Civil Veterinary Department ledger series I-VI
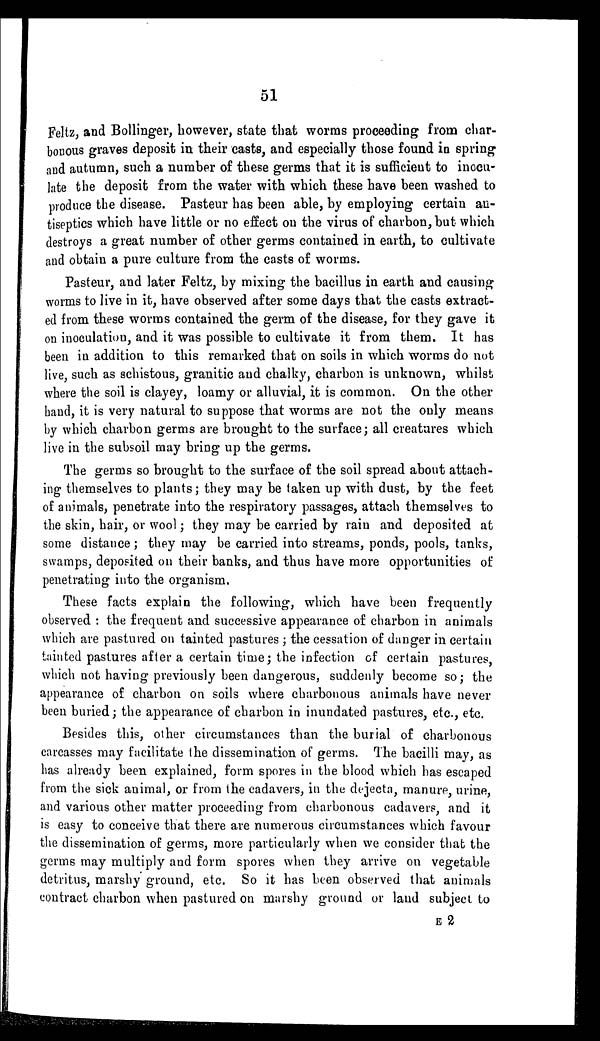
51
Feltz, and Bollinger, however, state that worms proceeding from char-
bonous graves deposit in their casts, and especially those found in spring
and autumn, such a number of these germs that it is sufficient to inocu-
late the deposit from the water with which these have been washed to
produce the disease. Pasteur has been able, by employing certain an-
tiseptics which have little or no effect on the virus of charbon, but which
destroys a great number of other germs contained in earth, to cultivate
and obtain a pure culture from the casts of worms.
Pasteur, and later Feltz, by mixing the bacillus in earth and causing
worms to live in it, have observed after some days that the casts extract-
ed from these worms contained the germ of the disease, for they gave it
on inoculation, and it was possible to cultivate it from them. It has
been in addition to this remarked that on soils in which worms do not
live, such as schistous, granitic and chalky, charbon is unknown, whilst
where the soil is clayey, loamy or alluvial, it is common. On the other
hand, it is very natural to suppose that worms are not the only means
by which charbon germs are brought to the surface; all creatures which
live in the subsoil may bring up the germs.
The germs so brought to the surface of the soil spread about attach-
ing themselves to plants; they may be taken up with dust, by the feet
of animals, penetrate into the respiratory passages, attach themselves to
the skin, hair, or wool; they may be carried by rain and deposited at
some distance; they may be carried into streams, ponds, pools, tanks,
swamps, deposited on their banks, and thus have more opportunities of
penetrating into the organism.
These facts explain the following, which have been frequently
observed: the frequent and successive appearance of charbon in animals
which are pastured on tainted pastures; the cessation of danger in certain
tainted pastures after a certain time; the infection of certain pastures,
which not having previously been dangerous, suddenly become so; the
appearance of charbon on soils where charbonous animals have never
been buried; the appearance of charbon in inundated pastures, etc., etc.
Besides this, other circumstances than the burial of charbonous
carcasses may facilitate the dissemination of germs. The bacilli may, as
has already been explained, form spores in the blood which has escaped
from the sick animal, or from the cadavers, in the dejecta, manure, urine,
and various other matter proceeding from charbonous cadavers, and it
is easy to conceive that there are numerous circumstances which favour
the dissemination of germs, more particularly when we consider that the
germs may multiply and form spores when they arrive on vegetable
detritus, marshy ground, etc. So it has been observed that animals
contract charbon when pastured on marshy ground or land subject to
E 2